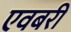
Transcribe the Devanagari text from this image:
एवबरी